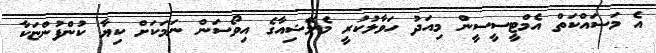
އެ މަސައްކަތް އެމްޓީސީސީން މިއަދު ހަވާލުކުރީ މެލޭޝިއާގެ އިވޯސަން ނަމަކަށް ކިޔާ ކުންފުންޏަކާ